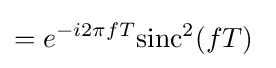
=e^{-i2\pi fT}\mathrm {sinc} ^{2}(fT)\